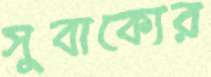
সুবাক্যের